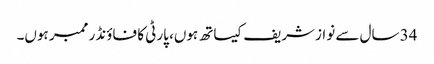
34 سال سے نوازشریف کیساتھ ہوں، پارٹی کا فاؤنڈر ممبر ہوں۔